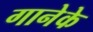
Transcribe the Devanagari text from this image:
गानेके